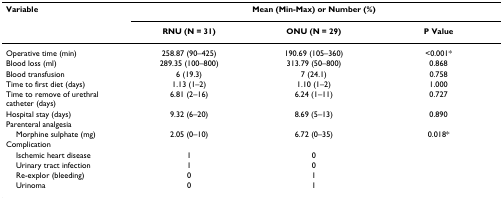
| Variable | <COLSPAN=3> Mean (Min-Max) or Number (%) |
 |  | RNU (N = 31) | ONU (N = 29) | P Value |
 | --- | --- | --- | --- |
 | Operative time (min) | 258.87 (90–425) | 190.69 (105–360) | <0.001* |
 | Blood loss (ml) | 289.35 (100–800) | 313.79 (50–800) | 0.868 |
 | Blood transfusion | 6 (19.3) | 7 (24.1) | 0.758 |
 | Time to first diet (days) | 1.13 (1–2) | 1.10 (1–2) | 1.000 |
 | Time to remove of urethral catheter (days) | 6.81 (2–16) | 6.24 (1–11) | 0.727 |
 | Hospital stay (days) | 9.32 (6–20) | 8.69 (5–13) | 0.890 |
 | Parenteral analgesia |  |  |  |
 | Morphine sulphate (mg) | 2.05 (0–10) | 6.72 (0–35) | 0.018* |
 | Complication |  |  |  |
 | Ischemic heart disease | 1 | 0 |  |
 | Urinary tract infection | 1 | 0 |  |
 | Re-explor (bleeding) | 0 | 1 |  |
 | Urinoma | 0 | 1 |  |